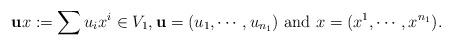
LaTeX: \begin{align*}\mathbf{u}x:=\sum u_ix^{i} \in V_1, \mathbf{u}=(u_1,\cdots,u_{n_1}) \mbox{~and~} x=(x^{1},\cdots,x^{n_1}).\end{align*}